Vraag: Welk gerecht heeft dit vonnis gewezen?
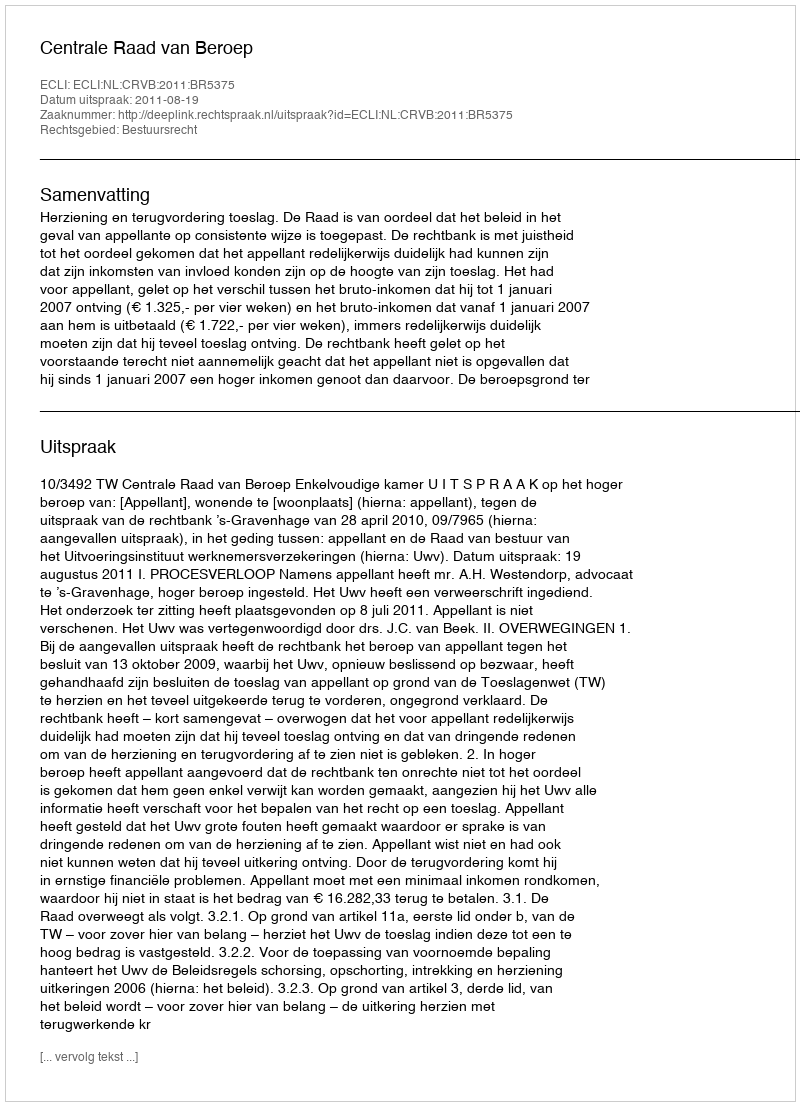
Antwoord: Centrale Raad van Beroep